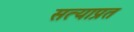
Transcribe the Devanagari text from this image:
सत्याप्रत